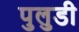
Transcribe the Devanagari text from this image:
पुलुडी